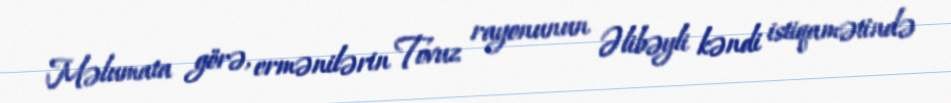
Məlumata görə, ermənilərin Tovuz rayonunun Əlibəyli kəndi istiqamətində